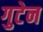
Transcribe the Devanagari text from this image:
गुटेन